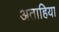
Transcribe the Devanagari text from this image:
अताहिया